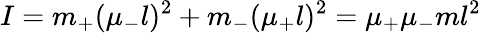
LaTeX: I=m_{+}(\mu_{-}l)^{2}+m_{-}(\mu_{+}l)^{2}=\mu_{+}\mu_{-}ml^{2}